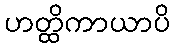
ဟတ္ထိကာယာပိ